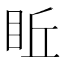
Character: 𥅔